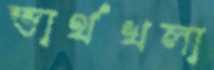
ভার্থখলা